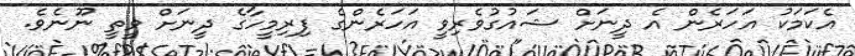
އެކަމަކު އަހަރެން އެ ދީނަށް ޝައުގުވެރިވީ އަހަރެންގެ ފިރިމީހާގެ ދީނަށް ވީތީ ނޫނެވެ.